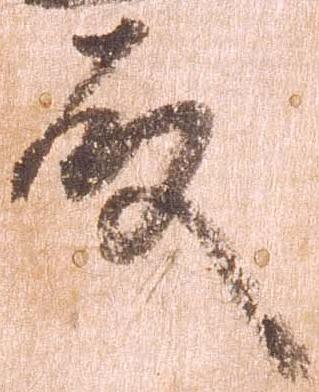
殿